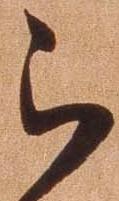
被